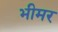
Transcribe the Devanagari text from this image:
भीमर